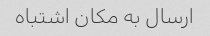
ارسال به مکان اشتباه